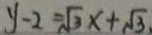
y - 2 = \sqrt { 3 } x + \sqrt { 3 }